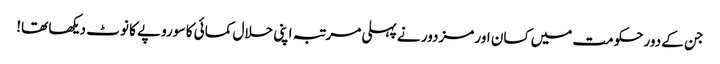
جن کے دورحکومت میں کسان اور مزدور نے پہلی مرتبہ اپنی حلال کمائی کا سو روپے کا نوٹ دیکھا تھا!